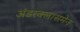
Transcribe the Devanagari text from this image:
अंडरक्लासमेन